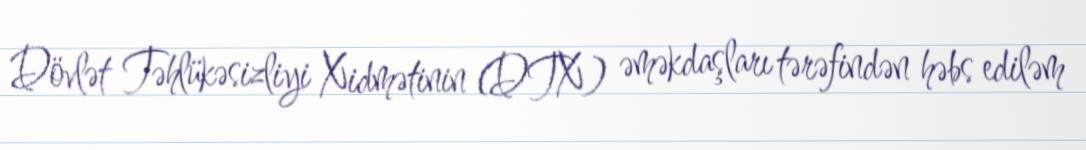
Dövlət Təhlükəsizliyi Xidmətinin (DTX) əməkdaşları tərəfindən həbs ediləm